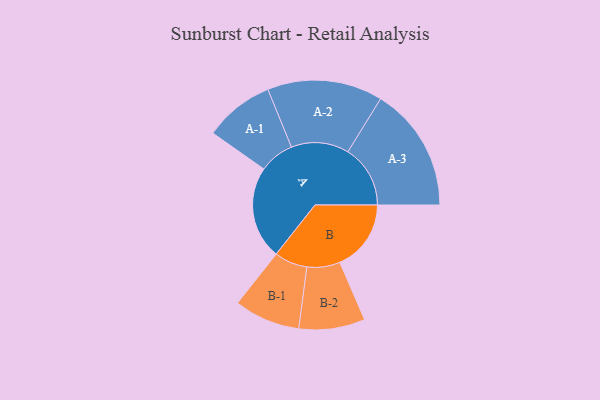
{"axis": {"x": "Segment", "y": "Value"}, "legend": ["", "A", "B"], "data": [{"x": "A", "y": 430, "type": ""}, {"x": "B", "y": 330, "type": ""}, {"x": "A-1", "y": 162, "type": "A"}, {"x": "A-2", "y": 267, "type": "A"}, {"x": "A-3", "y": 289, "type": "A"}, {"x": "B-1", "y": 153, "type": "B"}, {"x": "B-2", "y": 153, "type": "B"}]}